Bombay plague: being a history of the progress of plague in the Bombay presidency from September 1896 to June 1899
Year: 1896
Disease focus: Plague
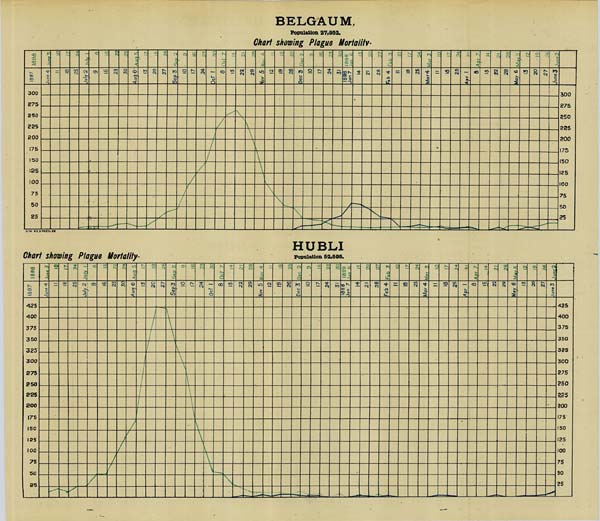
BELGAUM,
Population 27,952.
Chart showing Plague Mortality.
HUBLI
Population 52,595.
Chart showing Plague Mortality.